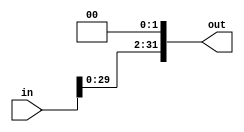
`timescale 1ns / 1ps
//////////////////////////////////////////////////////////////////////////////////
// Company: 
// Engineer: 
// 
// Design Name: 
// Module Name: leftShift2Module
// Project Name: 
// Target Devices: 
// Tool Versions: 
// Description: 
// 
// Dependencies: 
// 
// Revision:
// Revision 0.01 - File Created
// Additional Comments:
// 
//////////////////////////////////////////////////////////////////////////////////


module leftShift2Module(
    input [31:0] in,
    output reg [31:0] out
    );
    
    always@(in) begin
        out = in << 2;
    end
endmodule